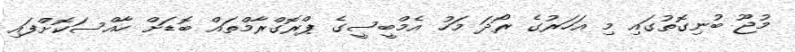
މުޖޫ ބުނިގޮތުގައި މި އަހަރުގެ ރޯދަ މަހު އެމްބީސީގެ ޕްރޮގްރާމްތައް ބޮޑަށް ހާއްސަކޮށްފައި